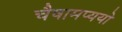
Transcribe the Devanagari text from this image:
चैषामप्ययो